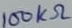
Text: 100kΩ